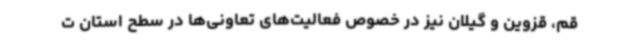
قم، قزوین و گیلان نیز در خصوص فعالیت‌های تعاونی‌ها در سطح استان ت